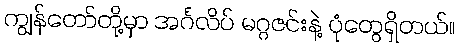
ကျွန်တော်တို့မှာ အင်္ဂလိပ် မဂ္ဂဇင်းနဲ့ ပုံတွေရှိတယ်။